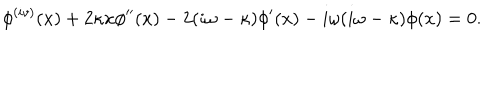
\phi ^ { ( i v ) } ( x ) + 2 \kappa x \phi ^ { \prime \prime } ( x ) - 2 ( i \omega - \kappa ) \phi ^ { \prime } ( x ) - i \omega ( i \omega - \kappa ) \phi ( x ) = 0 .